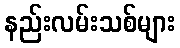
နည်းလမ်းသစ်များ